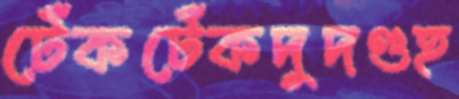
টেঁকটেঁকদুদণ্ডহ